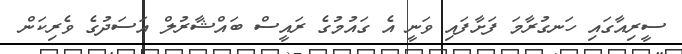
ސީރިއާގައި ހަނގުރާމަ ފަށާފައި ވަނީ އެ ގައުމުގެ ރައީސް ބައްޝާރުލް އަސަދުގެ ވެރިކަން